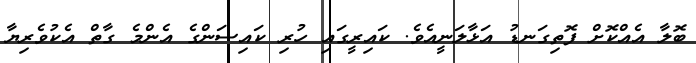
ބޮލާ އެއްކޮށް ފޮތިގަނޑު އަޅާލަނީއެވެ. ކައިރީގައި ހުރި ކައިސަންގެ އެންމެ ގާތް އެކުވެރިޔާ